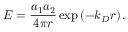
E = { \frac { a _ { 1 } a _ { 2 } } { 4 \pi r } } \exp \left( - k _ { D } r \right) .